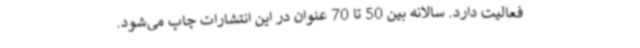
فعالیت دارد. سالانه بین 50 تا 70 عنوان در این انتشارات چاپ می‌شود.